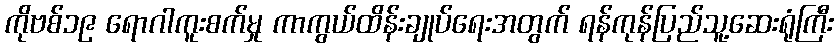
ကိုဗစ်၁၉ ရောဂါကူးစက်မှု ကာကွယ်ထိန်းချုပ်ရေးအတွက် ရန်ကုန်ပြည်သူ့ဆေးရုံကြီး